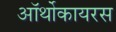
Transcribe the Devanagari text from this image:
ऑर्थोकायरस